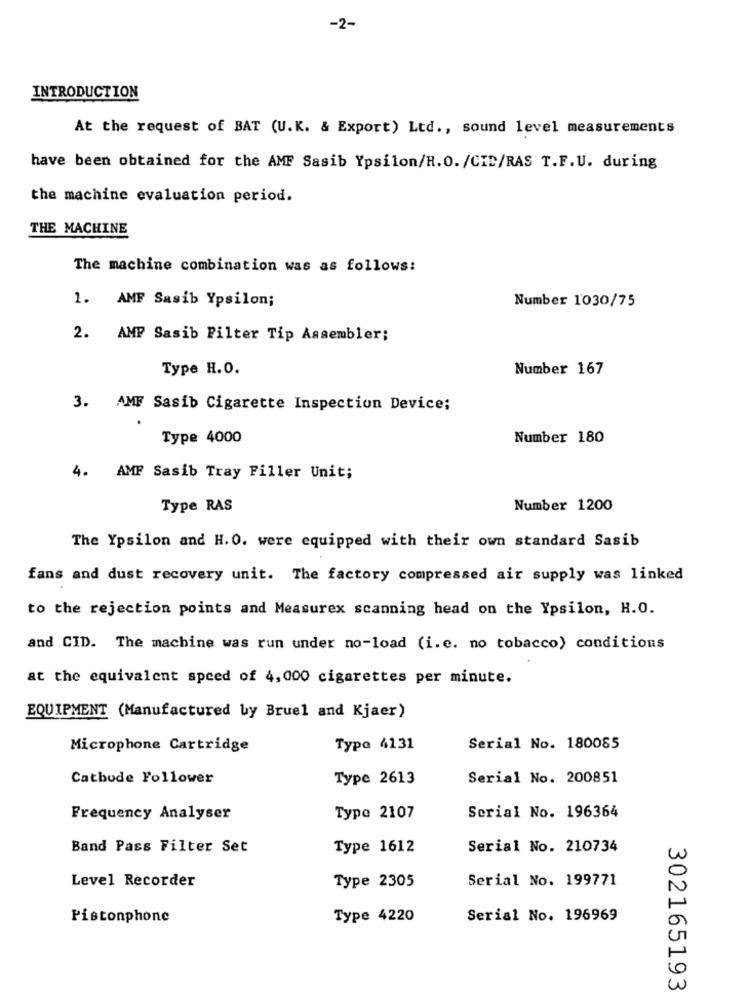
-2-
INTRODUCTION
At the request of BAT (U.K. & Export) Ltd ., sound level measurements
have been obtained for the AMF Sasib Ypsilon/H.O. /CID/RAS T.F.U. during
the machine evaluation period.
THE MACHINE
The machine combination was as follows:
Number 1030/75
1. AMF Sasib Ypsilon;
2. AMP Sasib Pilter Tip Assembler;
Type H.O.
Number 167
3. AMF Sasib Cigarette Inspection Device;
Type 4000
Number 180
4. AMF Sasib Tray Filler Unit;
Type RAS
Number 1200
The Ypsilon and H. O. were equipped with their own standard Sasib
fans and dust recovery unit. The factory compressed air supply was linked
to the rejection points and Measurex scanning head on the Ypsilon, H.O.
and CID. The machine was run under no-load (i.e. no tobacco) conditions
at the equivalent speed of 4, 000 cigarettes per minute.
EQUIPMENT (Manufactured by Bruel and Kjaer)
Microphone Cartridge
Type 4131
Serial No. 180085
Catbude Follower
Type 2613
Serial No. 200851
Frequency Analyser
Type 2107
Serial No. 196364
Band Pass Filter Set
Type 1612
Serial No. 210734
Level Recorder
Serial No. 199771
Type 2305
Pistonphone
Type 4220
Serial No. 196969
302165193